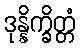
ဒုန္နိက္ခိတ္တံ